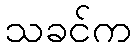
သခင်က